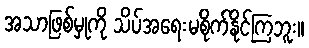
အသာဖြစ်မှုကို သိပ်အရေးမစိုက်နိုင်ကြဘူး။